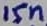
Text: 15n